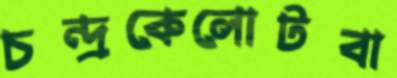
চন্দ্রকেলোটবা